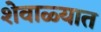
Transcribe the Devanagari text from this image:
शेवाळ्यात